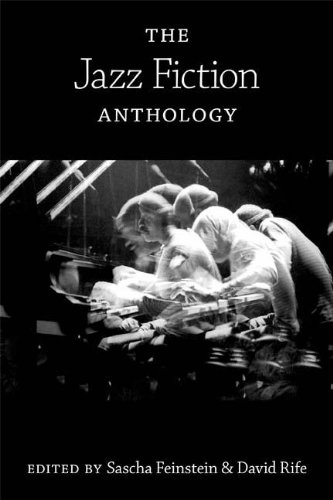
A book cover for The Jazz Fiction Anthology; Literature & Fiction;